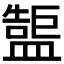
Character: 𥂷